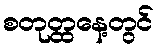
စတုတ္ထနေ့တွင်